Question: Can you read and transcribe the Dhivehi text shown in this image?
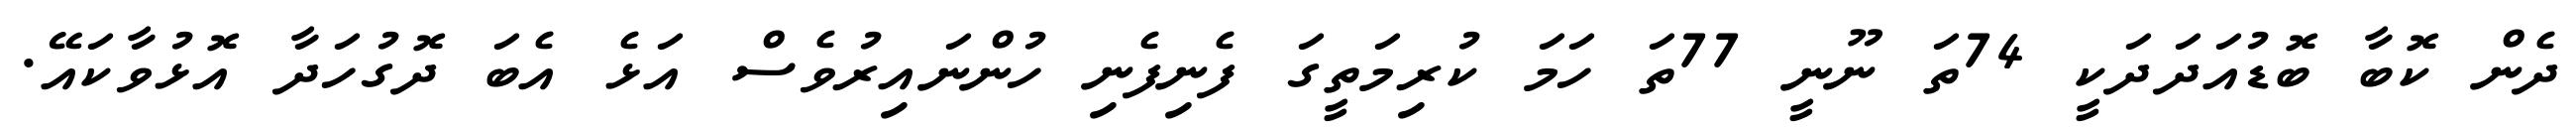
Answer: ދެން ކޮބާ ބޮޑުއަދަދަކީ 74ތަ ނޫނީ 77ތަ ހަމަ ކުރިމަތީގަ ފެނިފެނި ހުންނައިރުވެސް އަޅެ އެބަ ދޮގުހަދާ އޮޅުވާކައޭ.